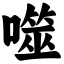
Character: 噬